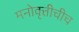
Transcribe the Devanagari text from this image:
मनोवृत्तीचीच